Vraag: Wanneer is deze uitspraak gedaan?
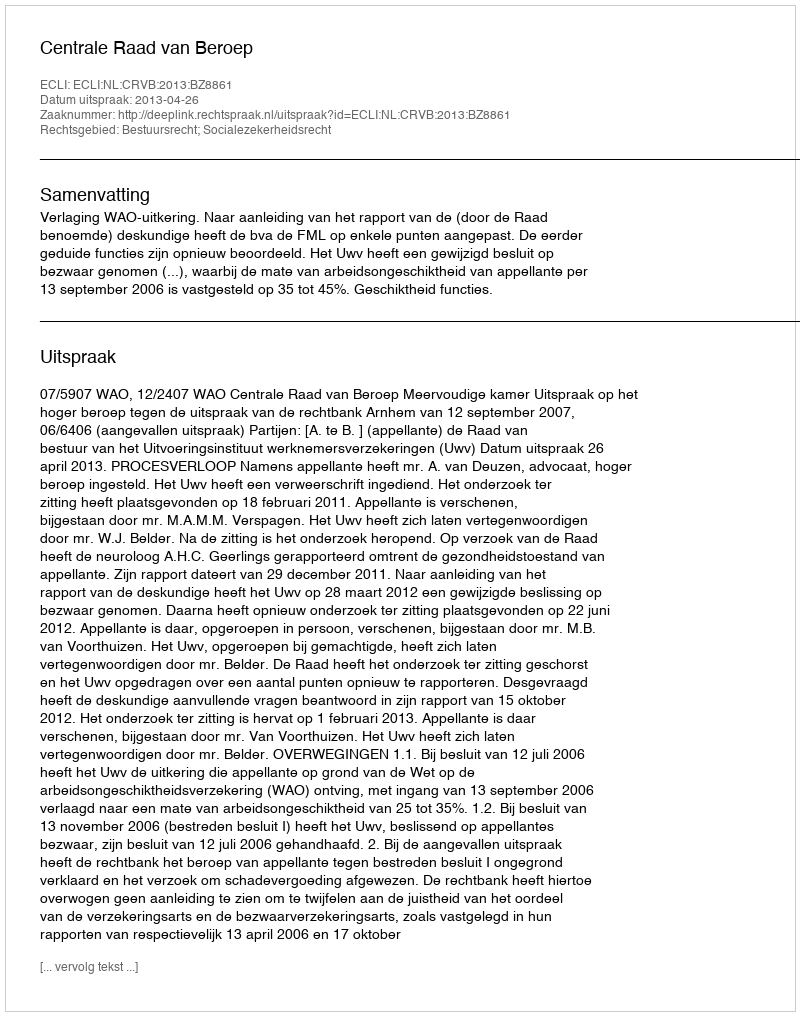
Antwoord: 2013-04-26